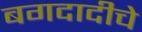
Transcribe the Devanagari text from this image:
बगदादीचे